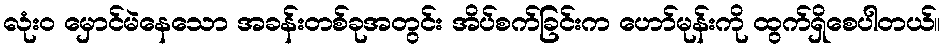
လုံးဝ မှောင်မဲနေသော အခန်းတစ်ခုအတွင်း အိပ်စက်ခြင်းက ဟော်မုန်းကို ထွက်ရှိစေပါတယ်။